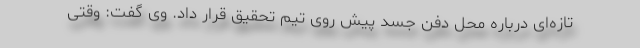
تازه‌ای درباره محل دفن جسد پیش روی تیم تحقیق قرار داد. وی گفت: وقتی